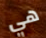
هي